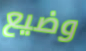
وضيع